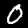
Digit: 0